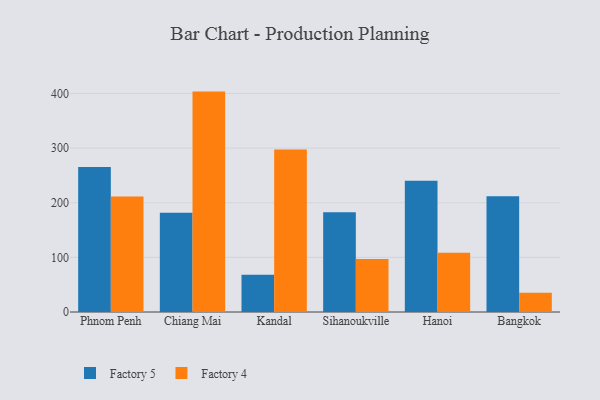
{"axis": {"x": "City", "y": "Net Income (USD K)"}, "legend": ["Factory 4", "Factory 5"], "data": [{"x": "Phnom Penh", "y": 265.2, "type": "Factory 5"}, {"x": "Phnom Penh", "y": 211.3, "type": "Factory 4"}, {"x": "Chiang Mai", "y": 181.7, "type": "Factory 5"}, {"x": "Chiang Mai", "y": 403.4, "type": "Factory 4"}, {"x": "Kandal", "y": 68.4, "type": "Factory 5"}, {"x": "Kandal", "y": 297.2, "type": "Factory 4"}, {"x": "Sihanoukville", "y": 182.4, "type": "Factory 5"}, {"x": "Sihanoukville", "y": 97.1, "type": "Factory 4"}, {"x": "Hanoi", "y": 240.0, "type": "Factory 5"}, {"x": "Hanoi", "y": 108.6, "type": "Factory 4"}, {"x": "Bangkok", "y": 212.0, "type": "Factory 5"}, {"x": "Bangkok", "y": 35.1, "type": "Factory 4"}]}